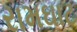
રામઘાટ